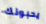
يحبونك